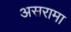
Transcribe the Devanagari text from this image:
असरामा